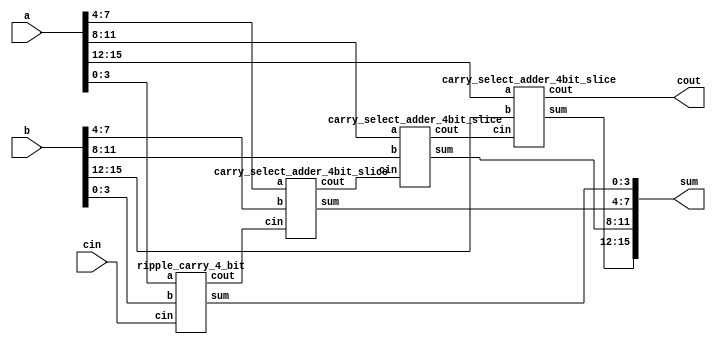
`timescale 1ns / 1ns
 
module carry_select_adder_16bit(a, b, cin, sum, cout);
input [15:0] a,b;
input cin;
output [15:0] sum;
output cout;
 
wire [2:0] c;
 
ripple_carry_4_bit rca1(
.a(a[3:0]),
.b(b[3:0]),
.cin(cin),
.sum(sum[3:0]),
.cout(c[0]));
 
// first 4-bit by ripple_carry_adder
carry_select_adder_4bit_slice csa_slice1(
.a(a[7:4]),
.b(b[7:4]),
.cin(c[0]),
.sum(sum[7:4]),
.cout(c[1]));
 
carry_select_adder_4bit_slice csa_slice2(
.a(a[11:8]),
.b(b[11:8]),
.cin(c[1]),
.sum(sum[11:8]), 
.cout(c[2]));
 
carry_select_adder_4bit_slice csa_slice3(
.a(a[15:12]),
.b(b[15:12]),
.cin(c[2]),
.sum(sum[15:12]),
.cout(cout));
endmodule
 
//////////////////////////////////////
//4-bit Carry Select Adder Slice
//////////////////////////////////////
 
module carry_select_adder_4bit_slice(a, b, cin, sum, cout);
input [3:0] a,b;
input cin;
output [3:0] sum;
output cout;
 
wire [3:0] s0,s1;
wire c0,c1;
 
ripple_carry_4_bit rca1(
.a(a[3:0]),
.b(b[3:0]),
.cin(1'b0),
.sum(s0[3:0]),
.cout(c0));
 
ripple_carry_4_bit rca2(
.a(a[3:0]),
.b(b[3:0]),
.cin(1'b1),
.sum(s1[3:0]),
.cout(c1));
 
mux2X1 #(4) ms0(
.in0(s0[3:0]),
.in1(s1[3:0]),
.sel(cin),
.out(sum[3:0]));
 
mux2X1 #(1) mc0(
.in0(c0),
.in1(c1),
.sel(cin),
.out(cout));
endmodule
 
/////////////////////
//2X1 Mux
/////////////////////
 
module mux2X1( in0,in1,sel,out);
parameter width=16; 
input [width-1:0] in0,in1;
input sel;
output [width-1:0] out;
assign out=(sel)?in1:in0;
endmodule
 
 
/////////////////////////////////
//4-bit Ripple Carry Adder
/////////////////////////////////
module ripple_carry_4_bit(a, b, cin, sum, cout);
input [3:0] a,b;
input cin;
output [3:0] sum;
output cout;
 
wire c1,c2,c3;
 
full_adder fa0(
.a(a[0]),
.b(b[0]),
.cin(cin),
.sum(sum[0]),
.cout(c1));
 
full_adder fa1(
.a(a[1]),
.b(b[1]),
.cin(c1),
.sum(sum[1]),
.cout(c2));
 
full_adder fa2(
.a(a[2]),
.b(b[2]),
.cin(c2),
.sum(sum[2]),
.cout(c3));
 
full_adder fa3(
.a(a[3]),
.b(b[3]),
.cin(c3),
.sum(sum[3]),
.cout(cout));
endmodule
 
/////////////////////
//1bit Full Adder
/////////////////////
 
module full_adder(a,b,cin,sum, cout);
input a,b,cin;
output sum, cout;
 
wire x,y,z;
 
half_adder h1(.a(a), .b(b), .sum(x), .cout(y));
half_adder h2(.a(x), .b(cin), .sum(sum), .cout(z));
or or_1(cout,z,y);
endmodule
 
//////////////////////
// 1 bit Half Adder
//////////////////////
 
module half_adder( a,b, sum, cout );
input a,b;
output sum, cout;
xor xor_1 (sum,a,b);
and and_1 (cout,a,b);
endmodule